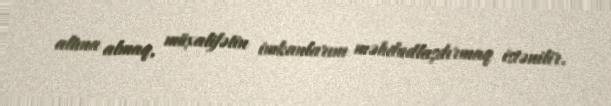
altına almaq, müxalifətin imkanlarını məhdudlaşdırmaq istənilir.